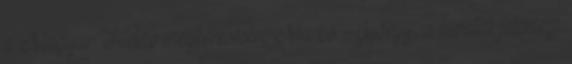
a Magyar Hírlap megkeresésére Markó György, a hivatal jelenlegi